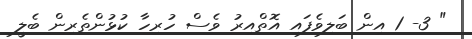
" 3- 1 އިން ބަލިވެފައި އޮތްއިރު ވެސް ހުރިހާ ކުޅުންތެރިން ބެލީ